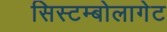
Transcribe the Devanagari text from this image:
सिस्टम्बोलागेट